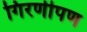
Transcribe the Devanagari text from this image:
गिरणीपण